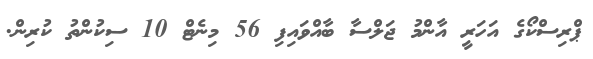
ޕްރިސްކޯގެ އަހަރީ އާންމު ޖަލްސާ ބާއްވައިފި 56 މިނެޓް 10 ސިކުންތު ކުރިން.